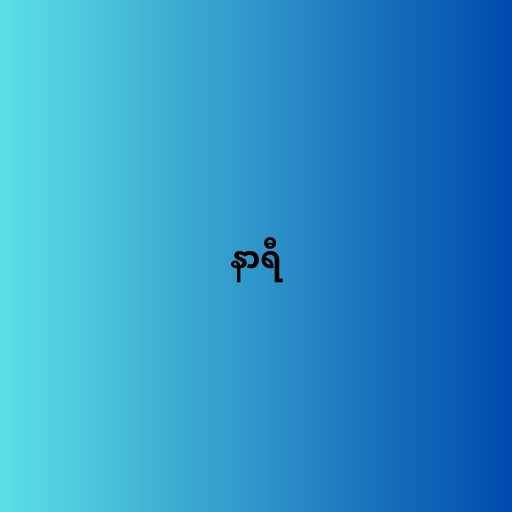
နာရီ